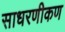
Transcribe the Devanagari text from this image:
साधरणीकण